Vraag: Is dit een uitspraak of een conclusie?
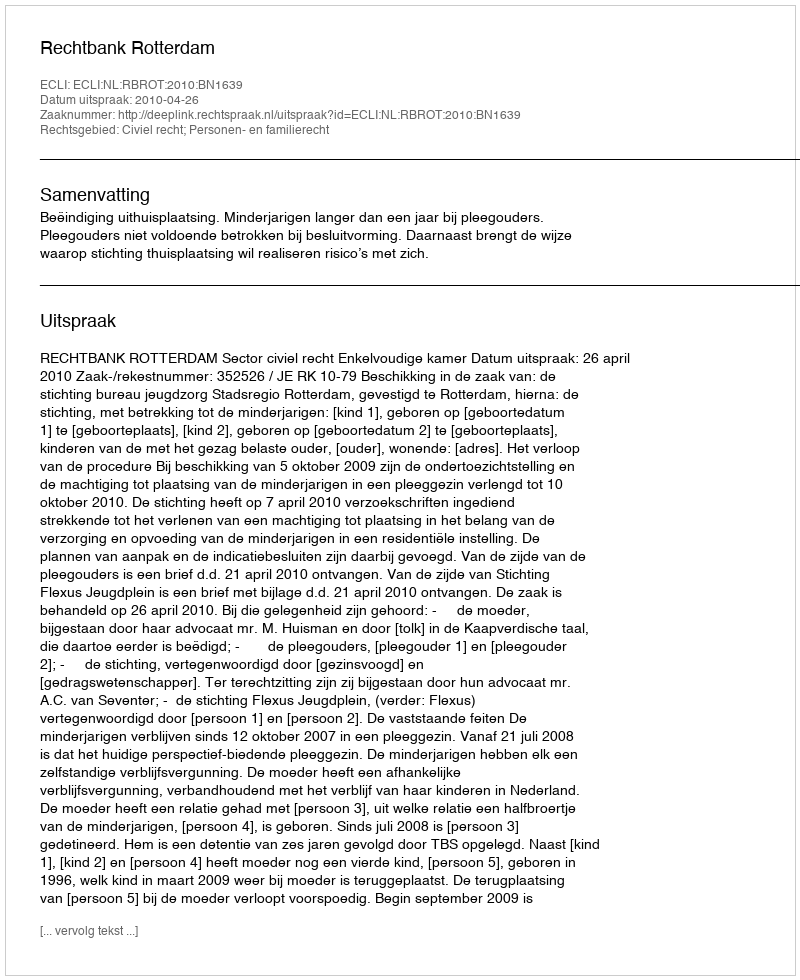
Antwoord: Uitspraak